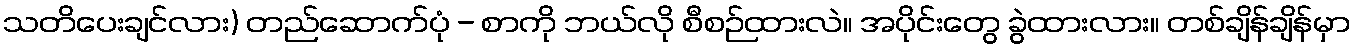
သတိပေးချင်လား) တည်ဆောက်ပုံ - စာကို ဘယ်လို စီစဉ်ထားလဲ။ အပိုင်းတွေ ခွဲထားလား။ တစ်ချိန်ချိန်မှာ